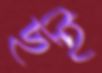
ছই